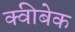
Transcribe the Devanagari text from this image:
क्वीबेक